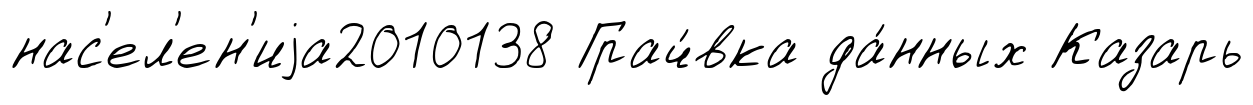
нас'ел'ен'иjа2010138 Грач́вка да́нных Казарь